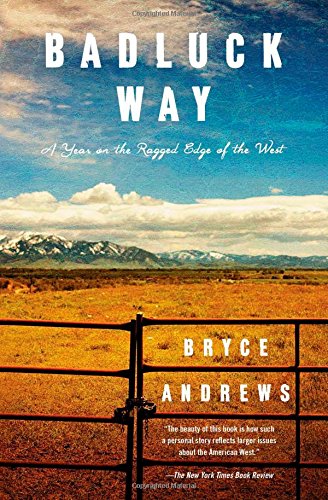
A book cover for Badluck Way: A Year on the Ragged Edge of the West; Bryce Andrews; Science & Math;